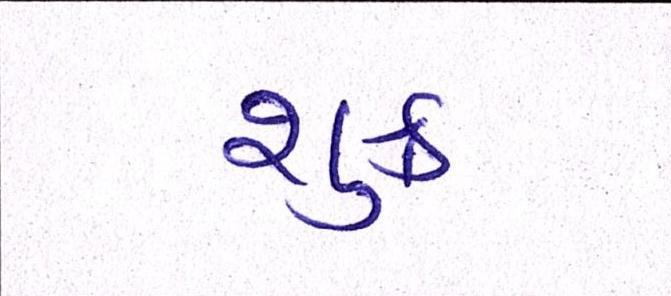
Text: શુક્ર